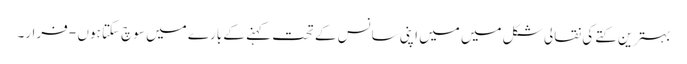
بہترین کتے کی نقالی شکل میں میں اپنی سانس کے تحت کہنے کے بارے میں سوچ سکتا ہوں - فرار۔